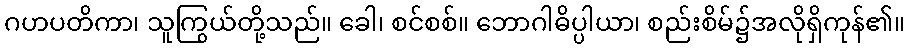
ဂဟပတိကာ၊ သူကြွယ်တို့သည်။ ခေါ၊ စင်စစ်။ ဘောဂါဓိပ္ပါယာ၊ စည်းစိမ်၌အလိုရှိကုန်၏။